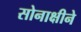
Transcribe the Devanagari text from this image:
सोनाक्षीने